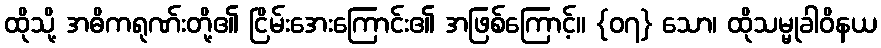
ထိုသို့ အဓိကရုဏ်းတို့၏ ငြိမ်းအေးကြောင်း၏ အဖြစ်ကြောင့်။ {၀၇} သော၊ ထိုသမ္မုခါဝိနယ